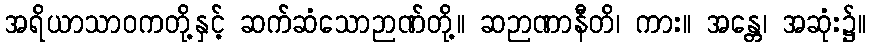
အရိယာသာဝကတို့နှင့် ဆက်ဆံသောဉာဏ်တို့။ ဆဉာဏာနီတိ၊ ကား။ အန္တေ၊ အဆုံး၌။